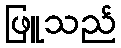
ဖြူသည်